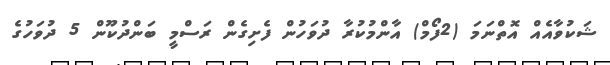
ޝަކުވާއެއް އޮތްނަމަ (2ފޯމް) އާންމުކުރާ ދުވަހުން ފެށިގެން ރަސްމީ ބަންދުކޫން 5 ދުވަހުގެ